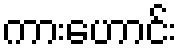
ကားဟောင်း